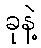
ခုနဲ့